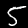
Label: 5